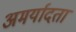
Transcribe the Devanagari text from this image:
अमर्यादता